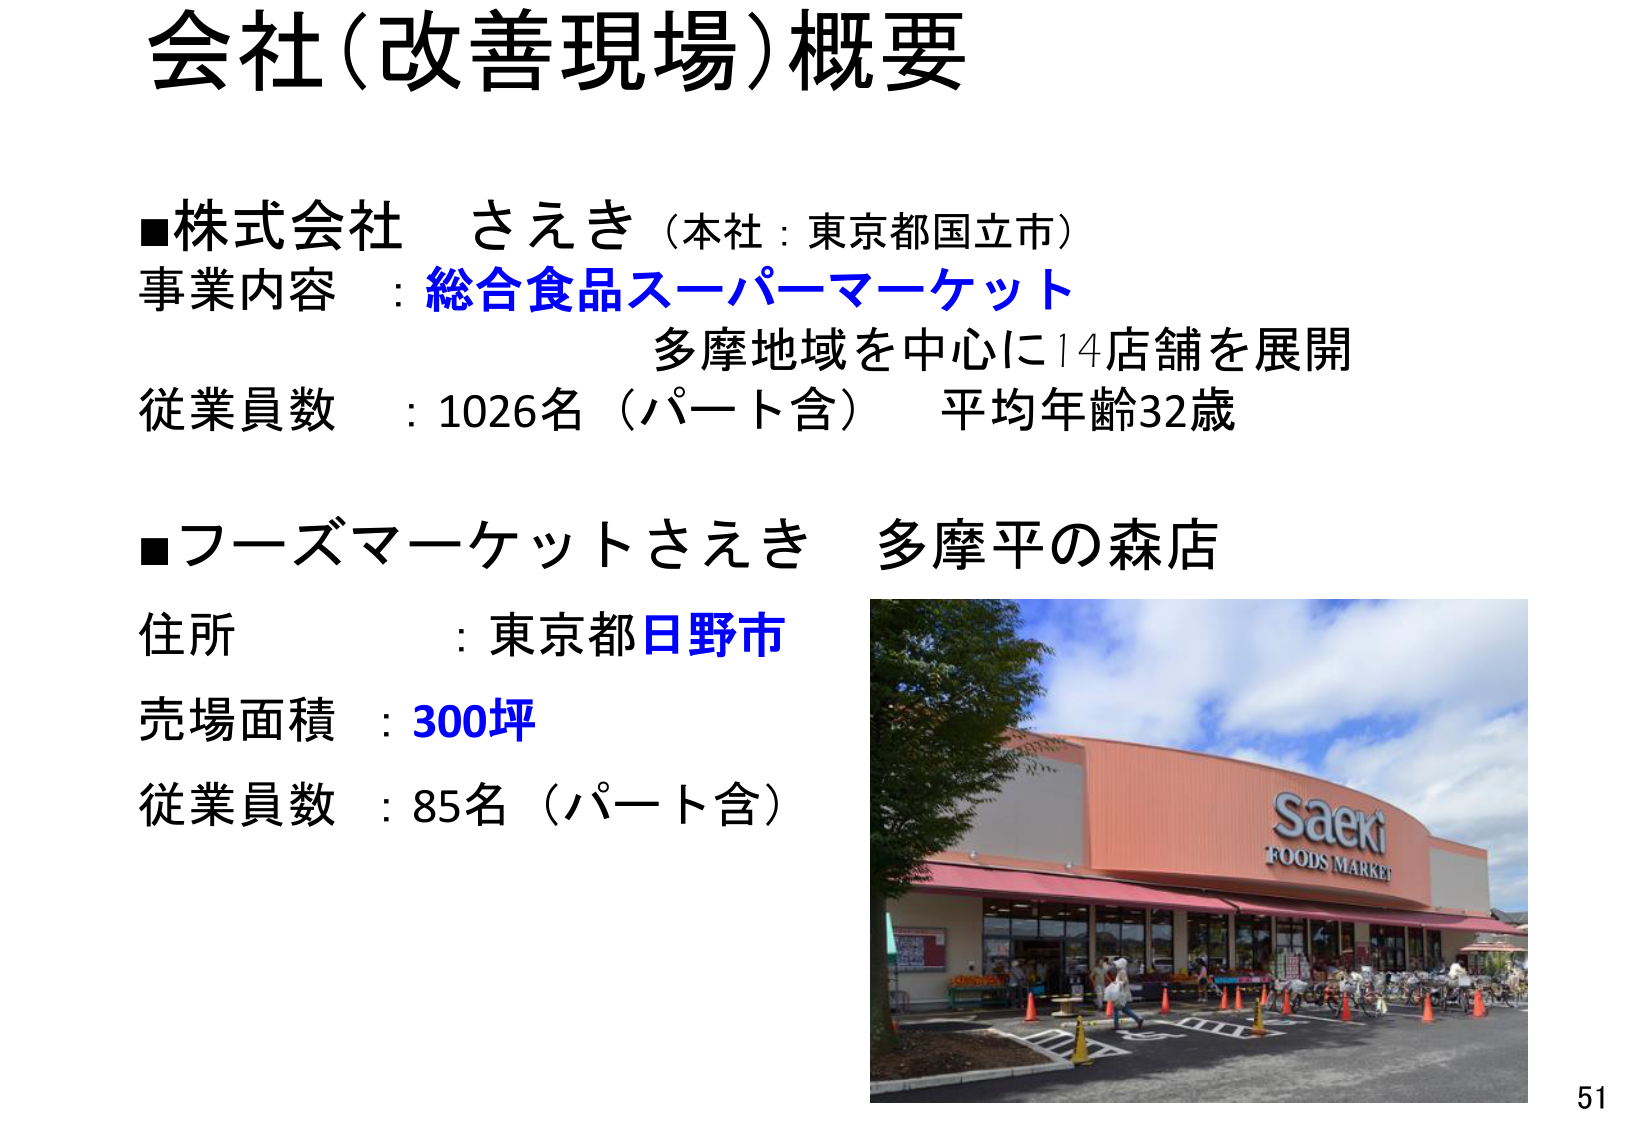
会社（改善現場）概要

■株式会社 さえき（本社：東京都国立市）
事業内容：総合食品スーパーマーケット
多摩地域を中心に14店舗を展開
従業員数：1026名（パート含） 平均年齢32歳

■フーズマーケットさえき 多摩平の森店
住所：東京都日野市
売場面積：300坪
従業員数：85名（パート含）

Saeki
FOODS MARKET

51